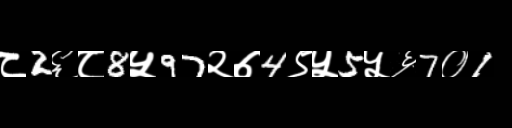
Text: ८2६८8५97२७4९५5५६7०1